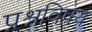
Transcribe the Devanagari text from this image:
प्रश्नविषय